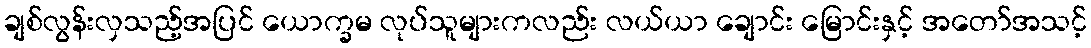
ချစ်လွန်းလှသည့်အပြင် ယောက္ခမ လုပ်သူများကလည်း လယ်ယာ ချောင်း မြောင်းနှင့် အတော်အသင့်